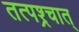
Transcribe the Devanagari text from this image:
तत्पश्र्चात्